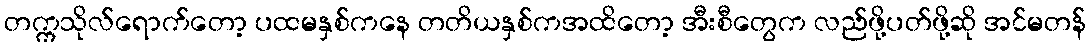
တက္ကသိုလ်ရောက်တော့ ပထမနှစ်ကနေ တတိယနှစ်ကအထိတော့ အီးစီတွေက လည်ဖို့ပတ်ဖို့ဆို အင်မတန်